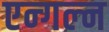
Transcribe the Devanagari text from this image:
एन्गल्न